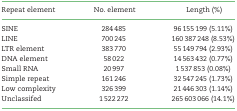
| Repeat element | No. element | Length (%) |
 | --- | --- | --- |
 | SINE | 284 485 | 96 155 199 (5.11%) |
 | LINE | 700 245 | 160 387 248 (8.53%) |
 | LTR element | 383 770 | 55 149 794 (2.93%) |
 | DNA element | 58 022 | 14 563 432 (0.77%) |
 | Small RNA | 20 997 | 1 537 853 (0.08%) |
 | Simple repeat | 161 246 | 32 547 245 (1.73%) |
 | Low complexity | 326 399 | 21 446 303 (1.14%) |
 | Unclassifed | 1 522 272 | 265 603 066 (14.1%) |